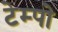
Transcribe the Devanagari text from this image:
टेम्‍पो